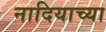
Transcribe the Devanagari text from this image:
नादियाच्या